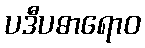
ပဒီပဓာရောဝ